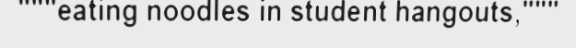
"""eating noodles in student hangouts,"""